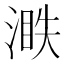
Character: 𣺐